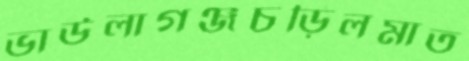
ভাউলাগঞ্জচড়িলমাত